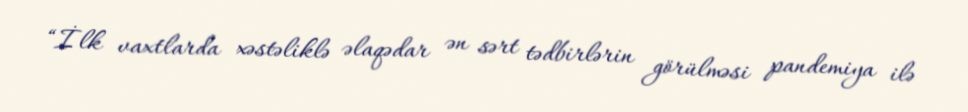
“İlk vaxtlarda xəstəliklə əlaqədar ən sərt tədbirlərin görülməsi pandemiya ilə